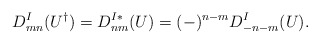
\begin{align*}D^I_{mn} (U^{\dagger}) = D^{I *}_{nm} (U) = (-)^{n-m} D^I_{-n-m} (U) .\end{align*}